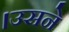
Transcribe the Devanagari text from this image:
।उसने